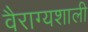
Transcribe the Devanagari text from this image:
वैराग्यशाली